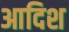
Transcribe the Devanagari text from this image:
आदिश